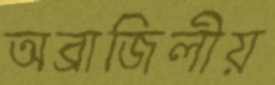
অব্রাজিলীয়